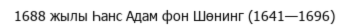
1688 жылы Һанс Адам фон Шөнинг (1641—1696)